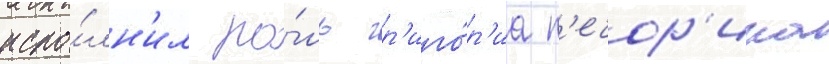
испо́лн'ил ро́ль гр'иго́р'иа п'ечор'ина